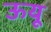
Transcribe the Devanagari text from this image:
ऊयू